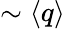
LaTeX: \sim\langle q\rangle